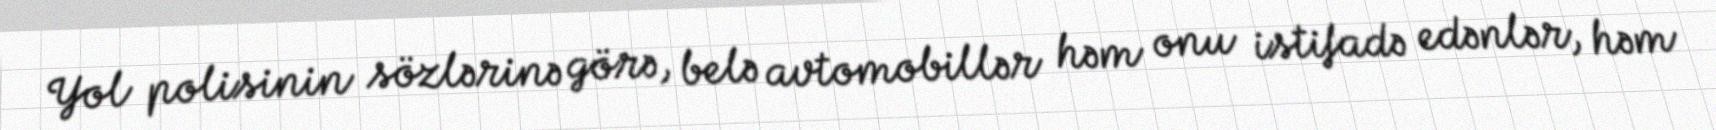
Yol polisinin sözlərinə görə, belə avtomobillər həm onu istifadə edənlər, həm